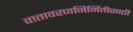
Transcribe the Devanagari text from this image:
वातावरणनिर्मितीसाठी